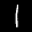
Label: 1